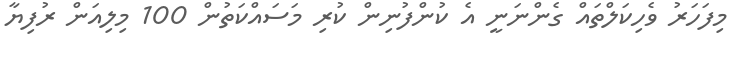
މިފަހަރު ވެހިކަލްތައް ގެންނަނީ އެ ކުންފުނިން ކުރި މަސައްކަތުން 100 މިލިއަން ރުފިޔާ